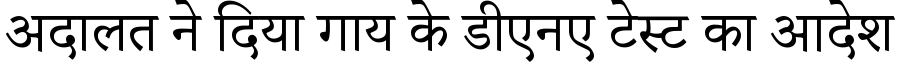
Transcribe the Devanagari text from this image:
अदालत ने दिया गाय के डीएनए टेस्ट का आदेश